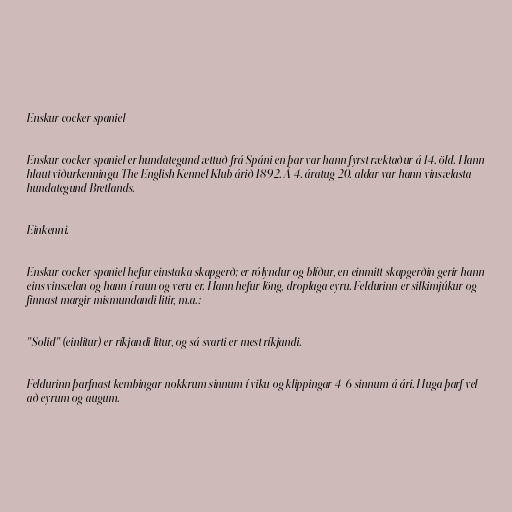
Enskur cocker spaniel

Enskur cocker spaniel er hundategund ættuð frá Spáni en þar var hann fyrst ræktaður á 14. öld. Hann
hlaut viðurkenningu The English Kennel Klub árið 1892. Á 4. áratug 20. aldar var hann vinsælasta
hundategund Bretlands.

Einkenni.

Enskur cocker spaniel hefur einstaka skapgerð; er rólyndur og blíður, en einmitt skapgerðin gerir hann
eins vinsælan og hann í raun og veru er. Hann hefur löng, droplaga eyru. Feldurinn er silkimjúkur og
finnast margir mismundandi litir, m.a.:

"Solid" (einlitur) er ríkjandi litur, og sá svarti er mest ríkjandi.

Feldurinn þarfnast kembingar nokkrum sinnum í viku og klippingar 4-6 sinnum á ári. Huga þarf vel
að eyrum og augum.